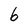
Character: 6